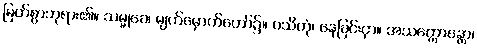
မြတ်စွာဘုရား၏။ သမ္မုခေ၊ မျက်မှောက်တော်၌။ ဝသိတုံ၊ နေခြင်းငှာ။ အသက္ကောန္တော၊